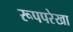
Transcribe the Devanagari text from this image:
रूपपरेखा